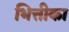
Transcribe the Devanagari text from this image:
भित्तीका